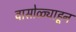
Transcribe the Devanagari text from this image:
वासोळ्याहून